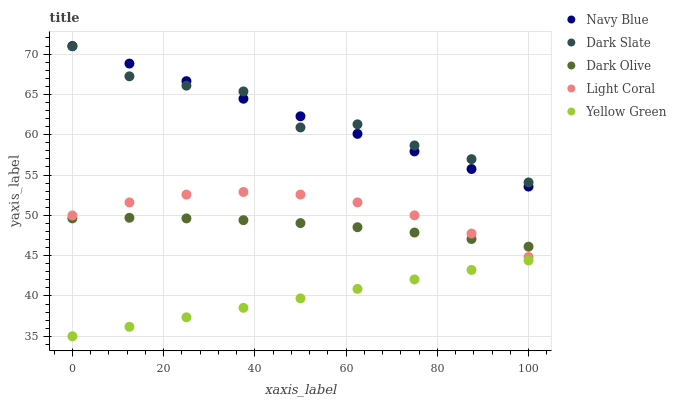
| xaxis_label | Navy Blue | Dark Slate | Dark Olive | Light Coral | Yellow Green |
 | --- | --- | --- | --- | --- | --- |
 | 0 | 71 | 71 | 49.6 | 50 | 35 |
 | 12.5 | 68.8 | 67.2 | 49.7 | 51.6 | 36.2 |
 | 25 | 66.6 | 66.1 | 49.6 | 52.6 | 37.3 |
 | 37.5 | 64.5 | 65.4 | 49.4 | 52.9 | 38.5 |
 | 50 | 62.3 | 60.9 | 49 | 52.6 | 39.7 |
 | 62.5 | 60.1 | 61.3 | 48.5 | 51.6 | 40.9 |
 | 75 | 57.9 | 58.7 | 47.9 | 50 | 42 |
 | 87.5 | 55.7 | 57 | 47.1 | 47.7 | 43.2 |
 | 100 | 53.6 | 54.1 | 46.1 | 44.8 | 44.4 |